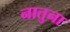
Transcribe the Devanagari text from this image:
नातुना